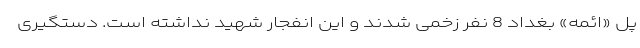
پل «ائمه» بغداد 8 نفر زخمی شدند و این انفجار شهید نداشته است. دستگیری